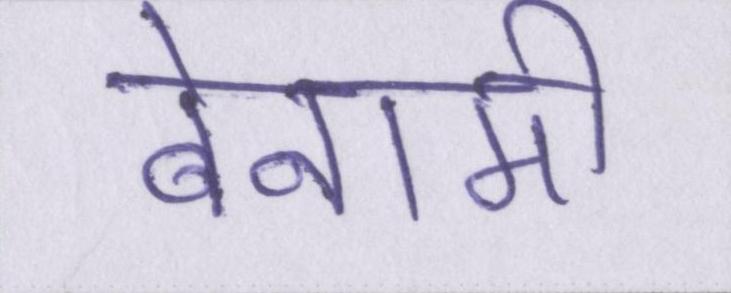
बेनामी